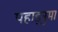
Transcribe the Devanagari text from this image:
पहाड़नुमा